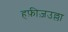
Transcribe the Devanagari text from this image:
हफ़ीज़उल्ला